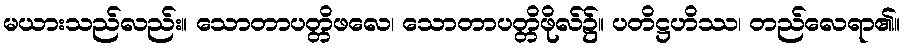
မယားသည်လည်း။ သောတာပတ္တိဖလေ၊ သောတာပတ္တိဖိုလ်၌။ ပတိဋ္ဌဟိဿ၊ တည်လေရာ၏။